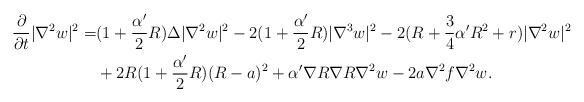
\begin{align*}\frac{\partial}{\partial t}|\nabla^2 w|^2=&(1+\frac{\alpha'}{2}R)\Delta|\nabla^2 w|^2-2(1+\frac{\alpha'}{2}R)|\nabla^3w|^2-2(R+\frac{3}{4}\alpha'R^2+r)|\nabla^2w|^2 \\ &+2R(1+\frac{\alpha'}{2}R)(R-a)^2+\alpha'\nabla R\nabla R\nabla^2w-2a\nabla^2f\nabla^2w.\end{align*}